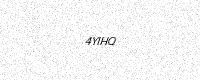
Text: 4YIHQ